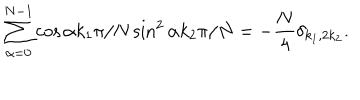
\sum _ { \alpha = 0 } ^ { N - 1 } \cos \alpha k _ { 1 } \pi / N \sin ^ { 2 } \alpha k _ { 2 } \pi / N = - \frac { N } { 4 } \delta _ { k _ { 1 } , 2 k _ { 2 } } .